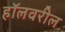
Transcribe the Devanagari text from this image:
हॉलवरील